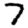
Digit: 7